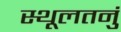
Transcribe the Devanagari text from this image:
स्थूलतनुं